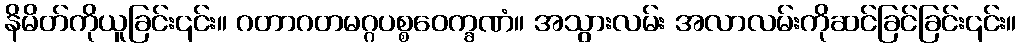
နိမိတ်ကိုယူခြင်း၎င်း။ ဂတာဂတမဂ္ဂပစ္စဝေက္ခဏံ။ အသွားလမ်း အလာလမ်းကိုဆင်ခြင်ခြင်း၎င်း။